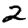
Digit: 2